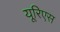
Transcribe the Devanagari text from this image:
यूरिएस